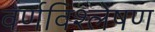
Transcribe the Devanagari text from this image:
वर्णविश्लेषण